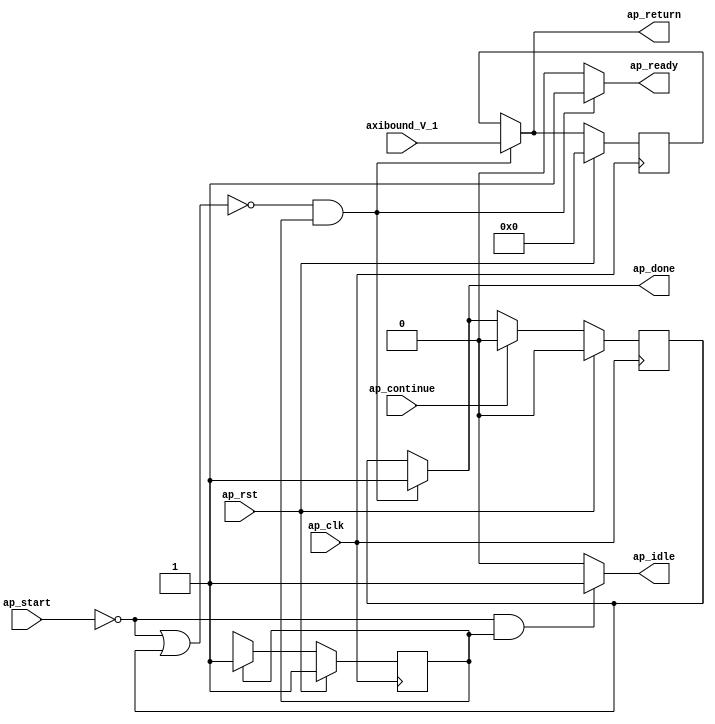
// Copyright (C) 2022, Advanced Micro Devices, Inc. All rights reserved.
// SPDX-License-Identifier: MIT
// ==============================================================
// Version: 2022.1
// 
// ===========================================================

`timescale 1 ns / 1 ps 

module pp_pipeline_accel_Mat2Axi_Block_entry35_proc (
        ap_clk,
        ap_rst,
        ap_start,
        ap_done,
        ap_continue,
        ap_idle,
        ap_ready,
        axibound_V_1,
        ap_return
);

parameter    ap_ST_fsm_state1 = 1'd1;

input   ap_clk;
input   ap_rst;
input   ap_start;
output   ap_done;
input   ap_continue;
output   ap_idle;
output   ap_ready;
input  [18:0] axibound_V_1;
output  [18:0] ap_return;

reg ap_done;
reg ap_idle;
reg ap_ready;
reg[18:0] ap_return;

reg    ap_done_reg;
(* fsm_encoding = "none" *) reg   [0:0] ap_CS_fsm;
wire    ap_CS_fsm_state1;
reg    ap_block_state1;
reg   [18:0] ap_return_preg;
reg   [0:0] ap_NS_fsm;
reg    ap_ST_fsm_state1_blk;
wire    ap_ce_reg;

// power-on initialization
initial begin
#0 ap_done_reg = 1'b0;
#0 ap_CS_fsm = 1'd1;
#0 ap_return_preg = 19'd0;
end

always @ (posedge ap_clk) begin
    if (ap_rst == 1'b1) begin
        ap_CS_fsm <= ap_ST_fsm_state1;
    end else begin
        ap_CS_fsm <= ap_NS_fsm;
    end
end

always @ (posedge ap_clk) begin
    if (ap_rst == 1'b1) begin
        ap_done_reg <= 1'b0;
    end else begin
        if ((ap_continue == 1'b1)) begin
            ap_done_reg <= 1'b0;
        end else if ((~((ap_start == 1'b0) | (ap_done_reg == 1'b1)) & (1'b1 == ap_CS_fsm_state1))) begin
            ap_done_reg <= 1'b1;
        end
    end
end

always @ (posedge ap_clk) begin
    if (ap_rst == 1'b1) begin
        ap_return_preg <= 19'd0;
    end else begin
        if ((~((ap_start == 1'b0) | (ap_done_reg == 1'b1)) & (1'b1 == ap_CS_fsm_state1))) begin
            ap_return_preg <= axibound_V_1;
        end
    end
end

always @ (*) begin
    if (((ap_start == 1'b0) | (ap_done_reg == 1'b1))) begin
        ap_ST_fsm_state1_blk = 1'b1;
    end else begin
        ap_ST_fsm_state1_blk = 1'b0;
    end
end

always @ (*) begin
    if ((~((ap_start == 1'b0) | (ap_done_reg == 1'b1)) & (1'b1 == ap_CS_fsm_state1))) begin
        ap_done = 1'b1;
    end else begin
        ap_done = ap_done_reg;
    end
end

always @ (*) begin
    if (((ap_start == 1'b0) & (1'b1 == ap_CS_fsm_state1))) begin
        ap_idle = 1'b1;
    end else begin
        ap_idle = 1'b0;
    end
end

always @ (*) begin
    if ((~((ap_start == 1'b0) | (ap_done_reg == 1'b1)) & (1'b1 == ap_CS_fsm_state1))) begin
        ap_ready = 1'b1;
    end else begin
        ap_ready = 1'b0;
    end
end

always @ (*) begin
    if ((~((ap_start == 1'b0) | (ap_done_reg == 1'b1)) & (1'b1 == ap_CS_fsm_state1))) begin
        ap_return = axibound_V_1;
    end else begin
        ap_return = ap_return_preg;
    end
end

always @ (*) begin
    case (ap_CS_fsm)
        ap_ST_fsm_state1 : begin
            ap_NS_fsm = ap_ST_fsm_state1;
        end
        default : begin
            ap_NS_fsm = 'bx;
        end
    endcase
end

assign ap_CS_fsm_state1 = ap_CS_fsm[32'd0];

always @ (*) begin
    ap_block_state1 = ((ap_start == 1'b0) | (ap_done_reg == 1'b1));
end

endmodule //pp_pipeline_accel_Mat2Axi_Block_entry35_proc